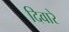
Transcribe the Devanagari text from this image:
दिवारे